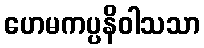
ဟေမကပ္ပနိဝါသသာ